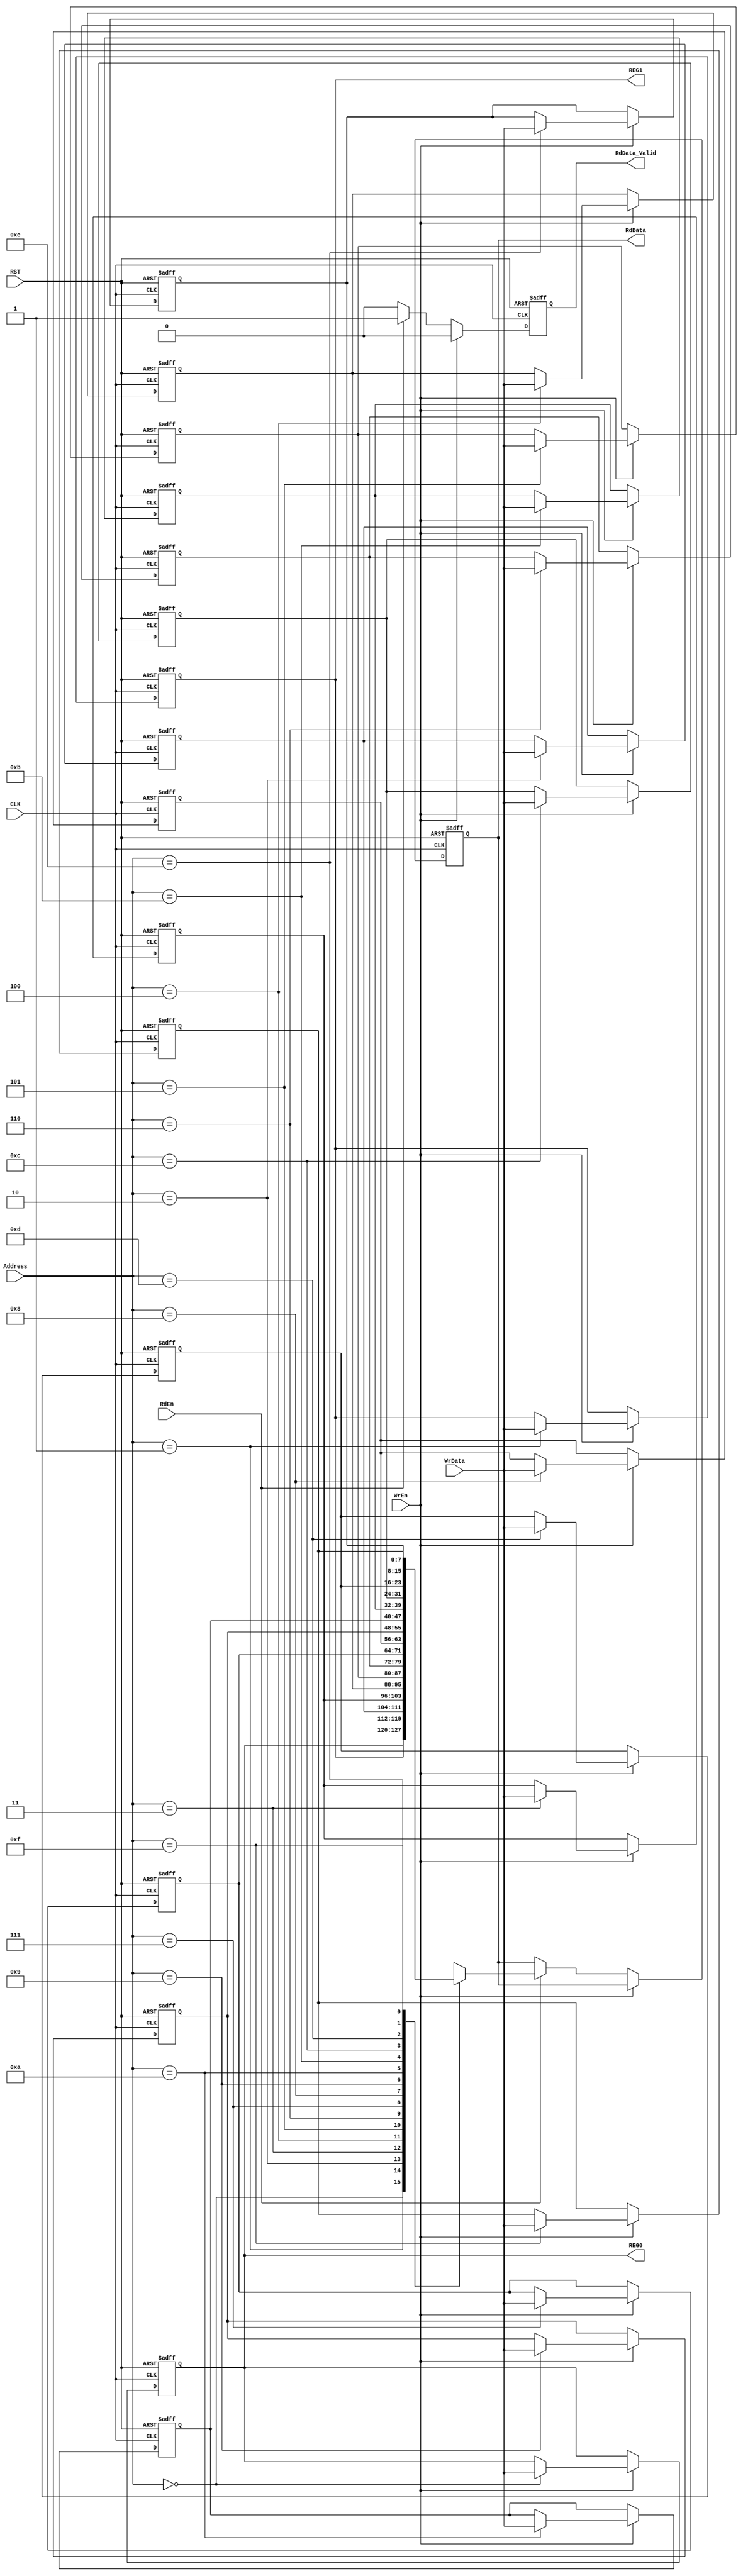
module Register8x16 #(parameter WIDTH = 8, DEPTH = 16, ADDRESS_WIDTH = 4)			
(			
	input 	wire [WIDTH-1:0] 			WrData					,
	input 	wire [ADDRESS_WIDTH-1:0] 	Address					,
	input 	wire		  				WrEn					,
	input 	wire		  				RdEn					,
	input 	wire		  				CLK						,
	input 	wire		  				RST						,

	output 	reg	 [WIDTH-1:0]			RdData					,
	output	reg							RdData_Valid			,
	output	wire [WIDTH-1:0]			REG0					,
	output	wire [WIDTH-1:0]			REG1					
);

	reg 		 [WIDTH-1:0] 			Register [DEPTH-1:0]	;

	integer 							i						;

/********************************************************************************************/
/********************************************************************************************/

	assign REG0 = Register[0]									;
	assign REG1 = Register[1]									;

/********************************************************************************************/
/********************************************************************************************/

	always@(posedge CLK or negedge RST)
		begin
		
			if(!RST)
				begin
				
					RdData       <= 'b0							;
					RdData_Valid <= 'b0							;
				
					for ( i = 0 ; i < DEPTH ; i = i + 1 )
						
						Register[i] <= 'd0						;
				
				end
			else
				begin
				
					if(WrEn)
						begin

							Register[Address] <= WrData 		;
							RdData_Valid 	  <= 'b0			;
						
						end
					else if(RdEn)	
						begin

							RdData <= Register[Address]			;
							RdData_Valid <= 'b1					;
						
						end
					else

						RdData_Valid <= 'b0						;	
				
				end
		
		end

endmodule